Report of an investigation into the causes of the diseases known in Assam as Kála-Azár and Beri-Beri
Disease focus: Beri-Beri
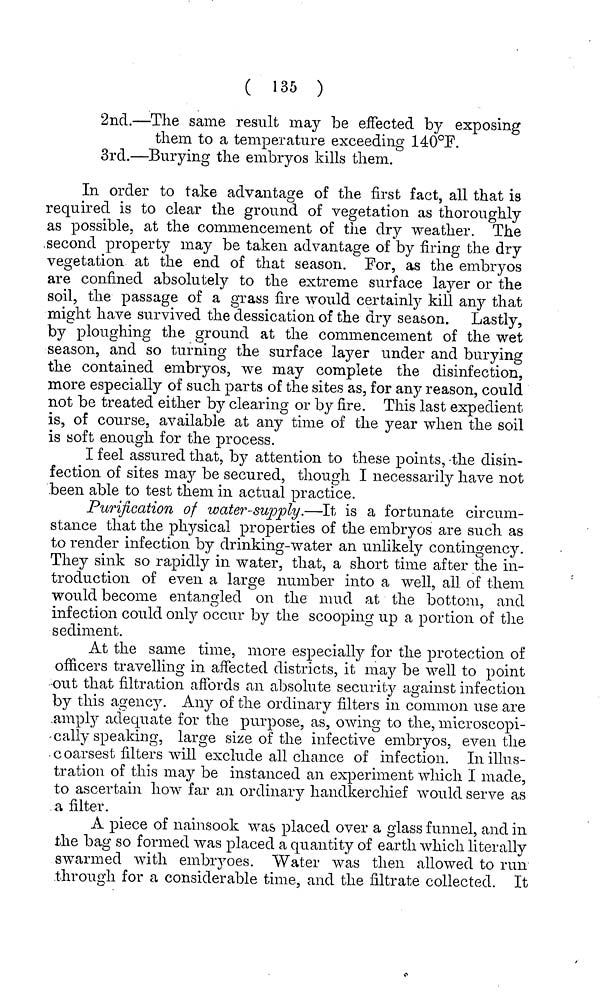
( 135 )
2nd.—The same result may be effected by exposing
them to a temperature exceeding 140°F.
3rd.—Burying the embryos kills them.
In order to take advantage of the first fact, all that is
required is to clear the ground of vegetation as thoroughly
as possible, at the commencement of the dry weather. The
second property may be taken advantage of by firing the dry
vegetation at the end of that season. For, as the embryos
are confined absolutely to the extreme surface layer or the
soil, the passage of a grass fire would certainly kill smy that
might have survived the dessication of the dry season. Lastly,
by ploughing the ground at the commencement of the wet
season, and so turning the surface layer under and burying
the contained embryos, we may complete the disinfection,
more especially of such parts of the sites as, for any reason, could
not be treated either by clearing or by fire. This last expedient
is, of course, available at any time of the year when the soil
is soft enough for the process.
I feel assured that, by attention to these points, the disin-
fection of sites may be secured, though I necessarily have not
been able to test them in actual practice.
Purification of water-supply.—It is a fortunate circum-
stance that the physical properties of the embryos are such as
to render infection by drinking-water an unlikely contingency.
They sink so rapidly in water, that, a short time after the in-
troduction of even a large number into a well, all of them
would become entangled on the mud at the bottom, and
infection could only occur by the scooping up a portion of the
sediment.
At the same time, more especially for the protection of
officers travelling in affected districts, it may be well to point
out that filtration affords an absolute security against infection
by this agency. Any of the ordinary filters in common use are
amply adequate for the purpose, as, owing to the, microscopi-
cally speaking, large size of the infective embryos, even the
c oarsest filters will exclude all chance of infection. In illus-
tration of this may be instanced an experiment which I made,
to ascertain how far an ordinary handkerchief would serve as
a filter.
A piece of nainsook was placed over a glass funnel, and in
the bag so formed was placed a quantity of earth which literally
swarmed with embryoes. Water was then allowed to run
through for a considerable time, and the filtrate collected. It